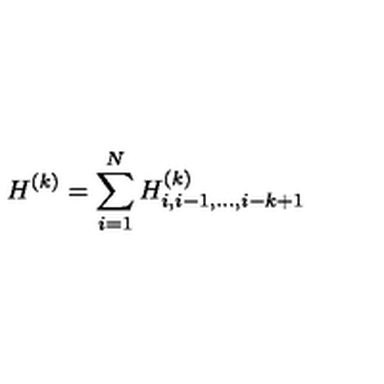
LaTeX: H ^ { ( k ) } = \sum _ { i = 1 } ^ { N } H _ { i , i - 1 , . . . , i - k + 1 } ^ { ( k ) }